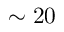
\sim 2 0